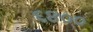
૬૪૦૦